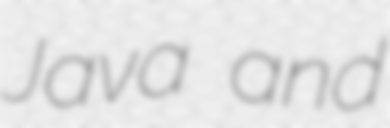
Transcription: Java and